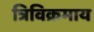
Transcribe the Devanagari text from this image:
त्रिविक्रमाय